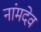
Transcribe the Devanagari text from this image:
नांमदेव